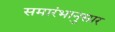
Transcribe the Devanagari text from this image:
समारंभानुसार